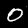
Digit: 0